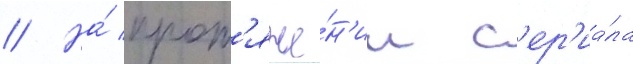
// На́ прот'яже́н'ии с'ер'иа́ла